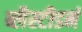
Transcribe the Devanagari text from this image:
ब्लैस्टीडर्म